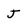
Character: j